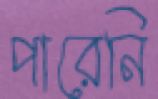
পারেনি